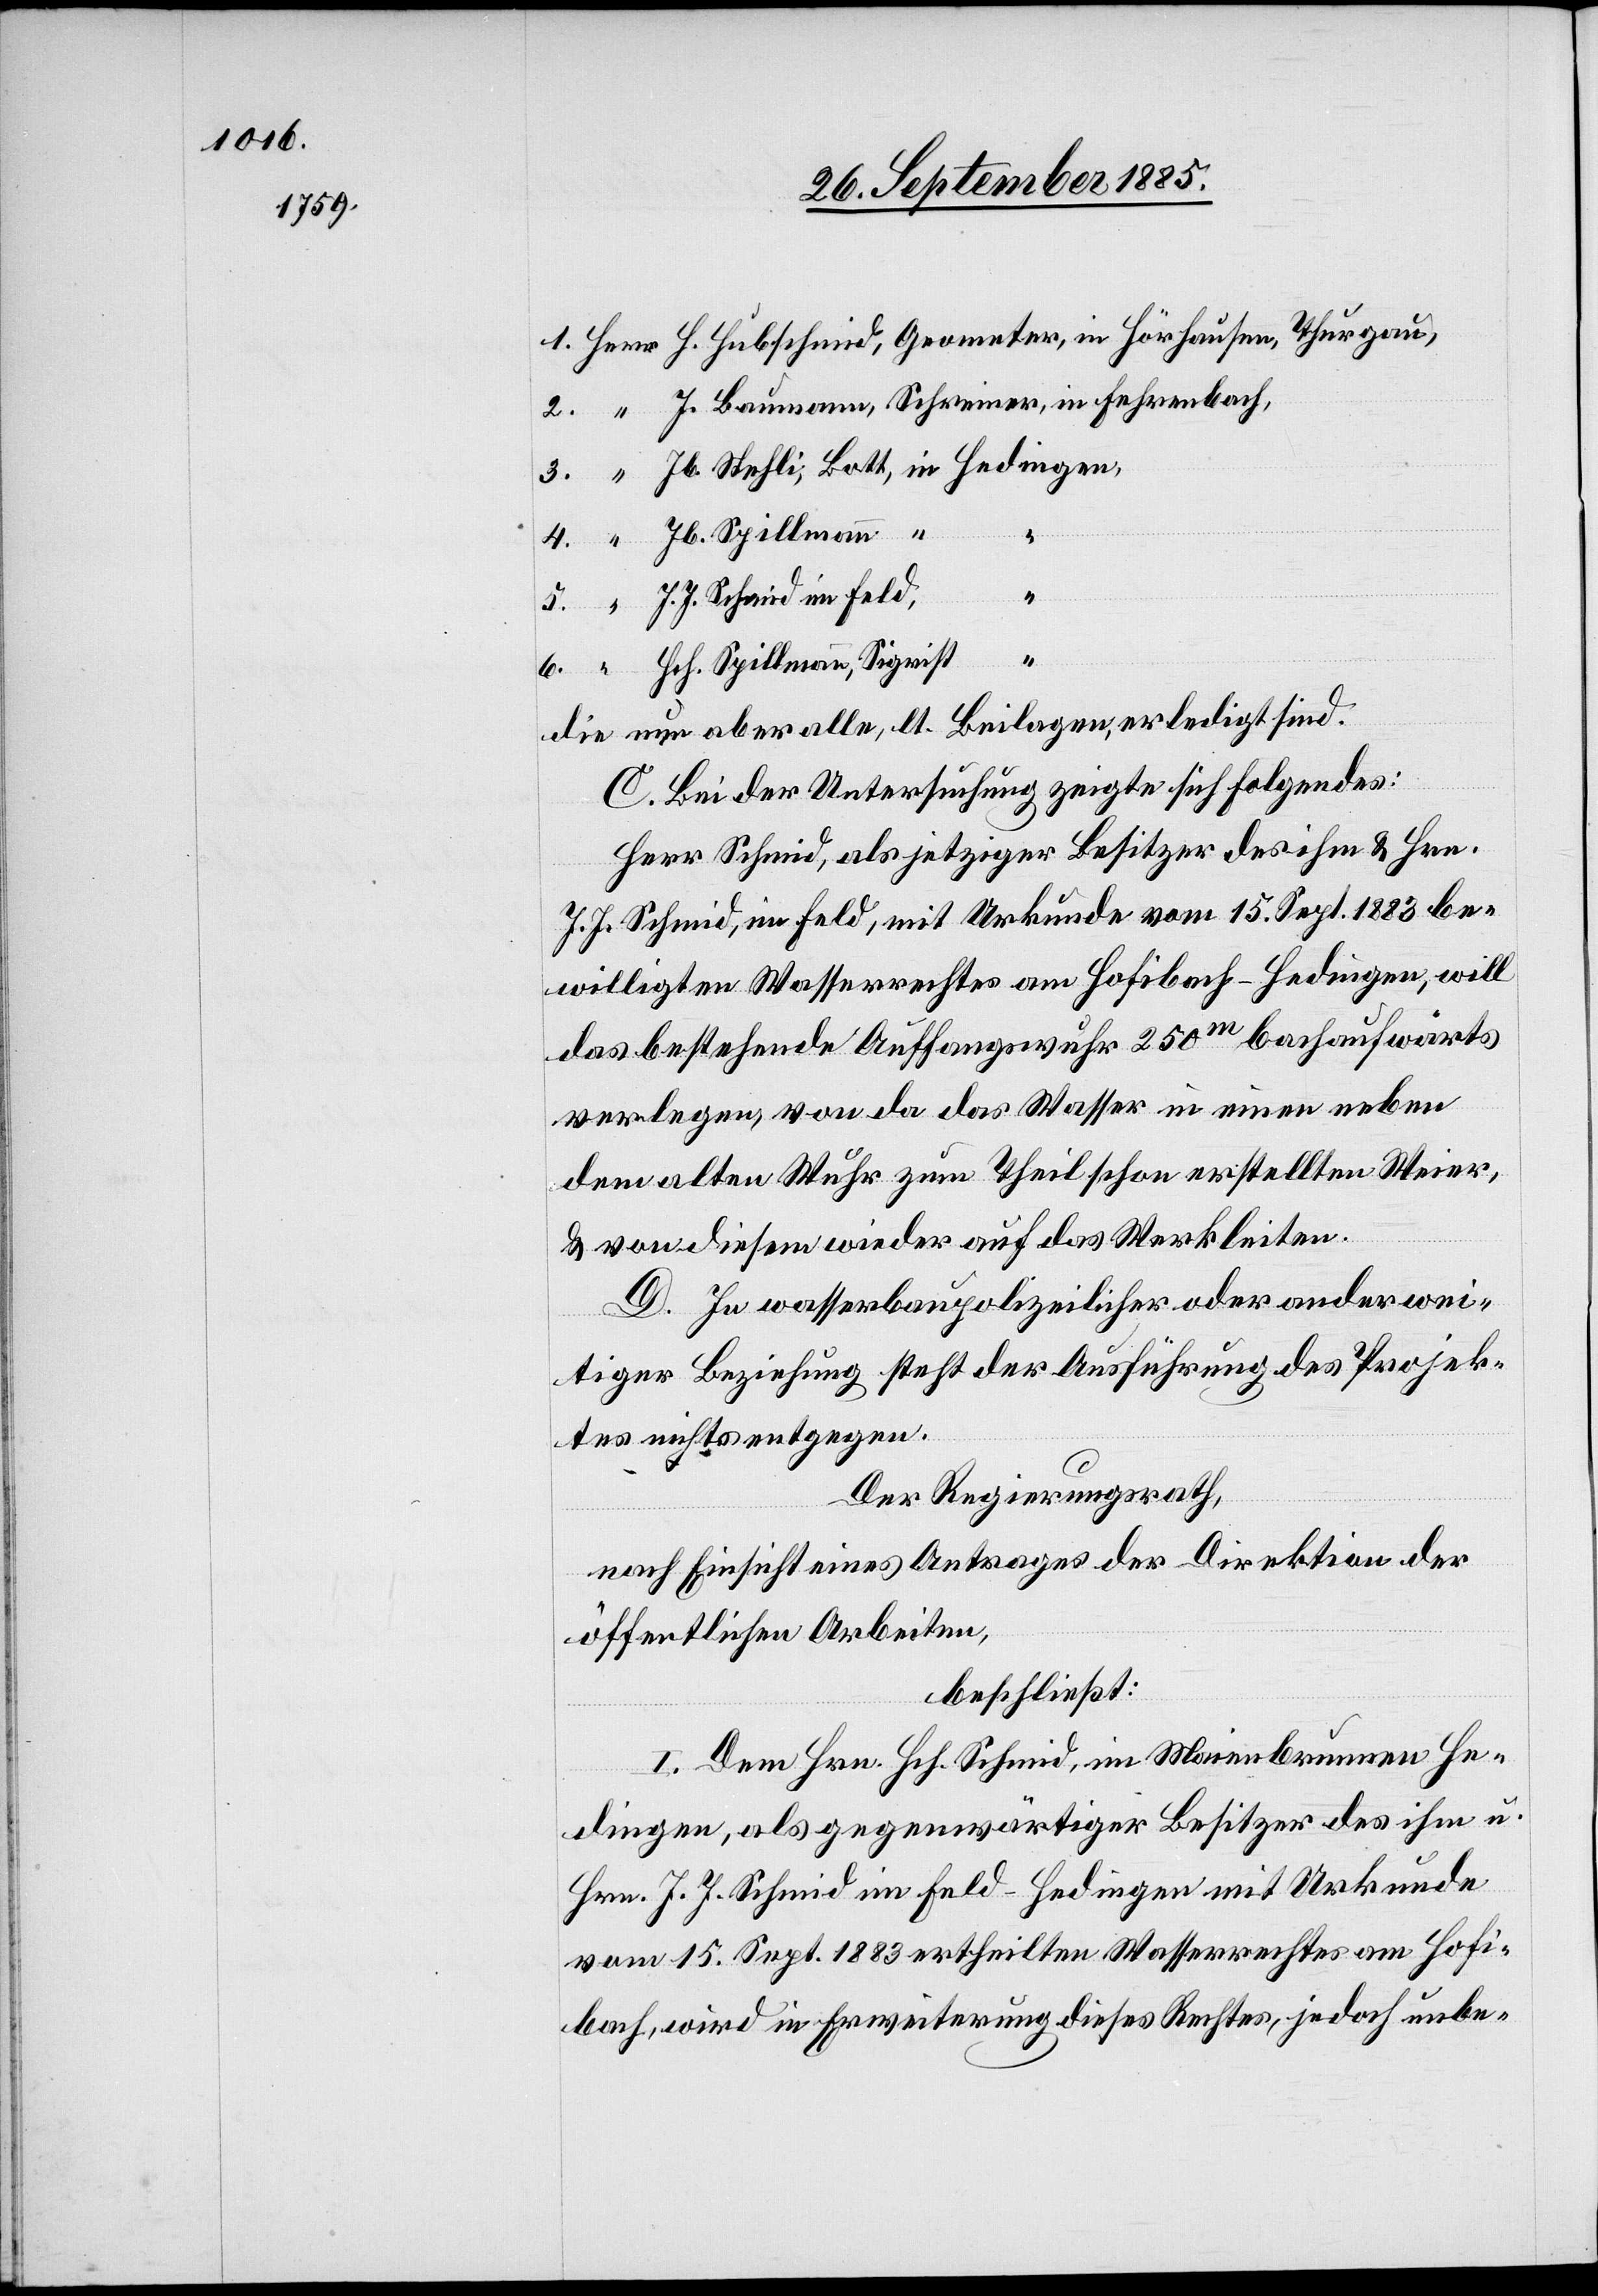
6.
J. J. Schmid im Feld,
“
Hch. Spillmann, Sigrist
die nun aber alle, lt. Beilagen, erledigt sind.
C. Bei der Untersuchung zeigte sich Folgendes:
Herr Schmid, als jetziger Besitzer des ihm & Hrn.
J. J. Schmid, im Feld, mit Urkunde vom 15. Sept. 1883 be¬
willigten Wasserrechtes am Hofibach - Hedingen, will
das bestehende Auffangswuhr 250m bachaufwärts
verlegen, von da das Wasser in einen neben
dem alten Wuhr zum Theil schon erstellten Weier,
& von diesem wieder auf das Werk leiten.
D. In wasserbaupolizeilicher oder anderwei¬
tiger Beziehung steht der Ausführung des Projek¬
tes nichts entgegen.
Der Regierungsrath,
nach Einsicht eines Antrages der Direktion der
öffentlichen Arbeiten,
beschließt:
I. Dem Hrn. Hch. Schmid, im Maienbrunnen He¬
in
dingen, als gegenwärtiger Besitzer des ihm u.
Hrn. J. J. Schmid im Feld - Hedingen mit Urkunde
vom 15. Sept. 1883 ertheilten Wasserrechtes am Hofi¬
bach, wird in Erweiterung dieses Rechtes, jedoch unbe-